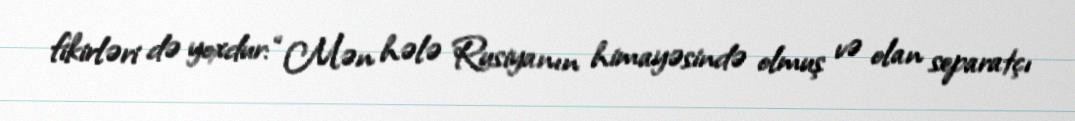
fikirləri də yoxdur: “Mən hələ Rusiyanın himayəsində olmuş və olan separatçı